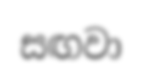
සඟවා